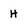
Character: H